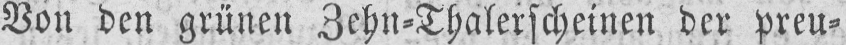
Von den grünen Zehn⸗Thalerscheinen der preu⸗